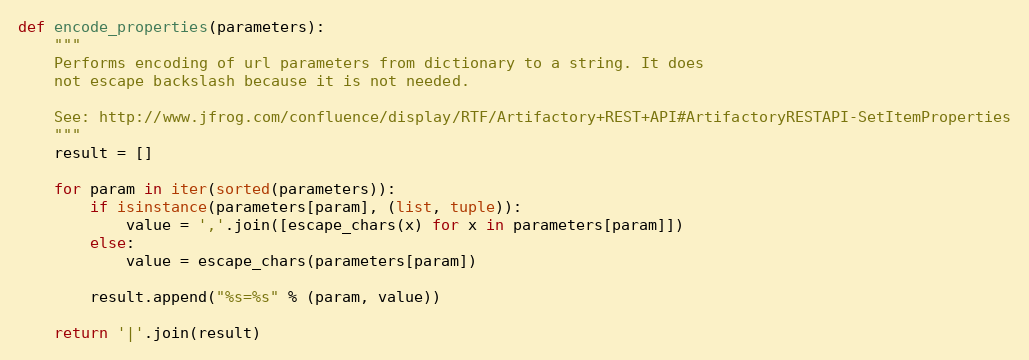
Language: Python
def encode_properties(parameters):
    """
    Performs encoding of url parameters from dictionary to a string. It does
    not escape backslash because it is not needed.

    See: http://www.jfrog.com/confluence/display/RTF/Artifactory+REST+API#ArtifactoryRESTAPI-SetItemProperties
    """
    result = []

    for param in iter(sorted(parameters)):
        if isinstance(parameters[param], (list, tuple)):
            value = ','.join([escape_chars(x) for x in parameters[param]])
        else:
            value = escape_chars(parameters[param])

        result.append("%s=%s" % (param, value))

    return '|'.join(result)